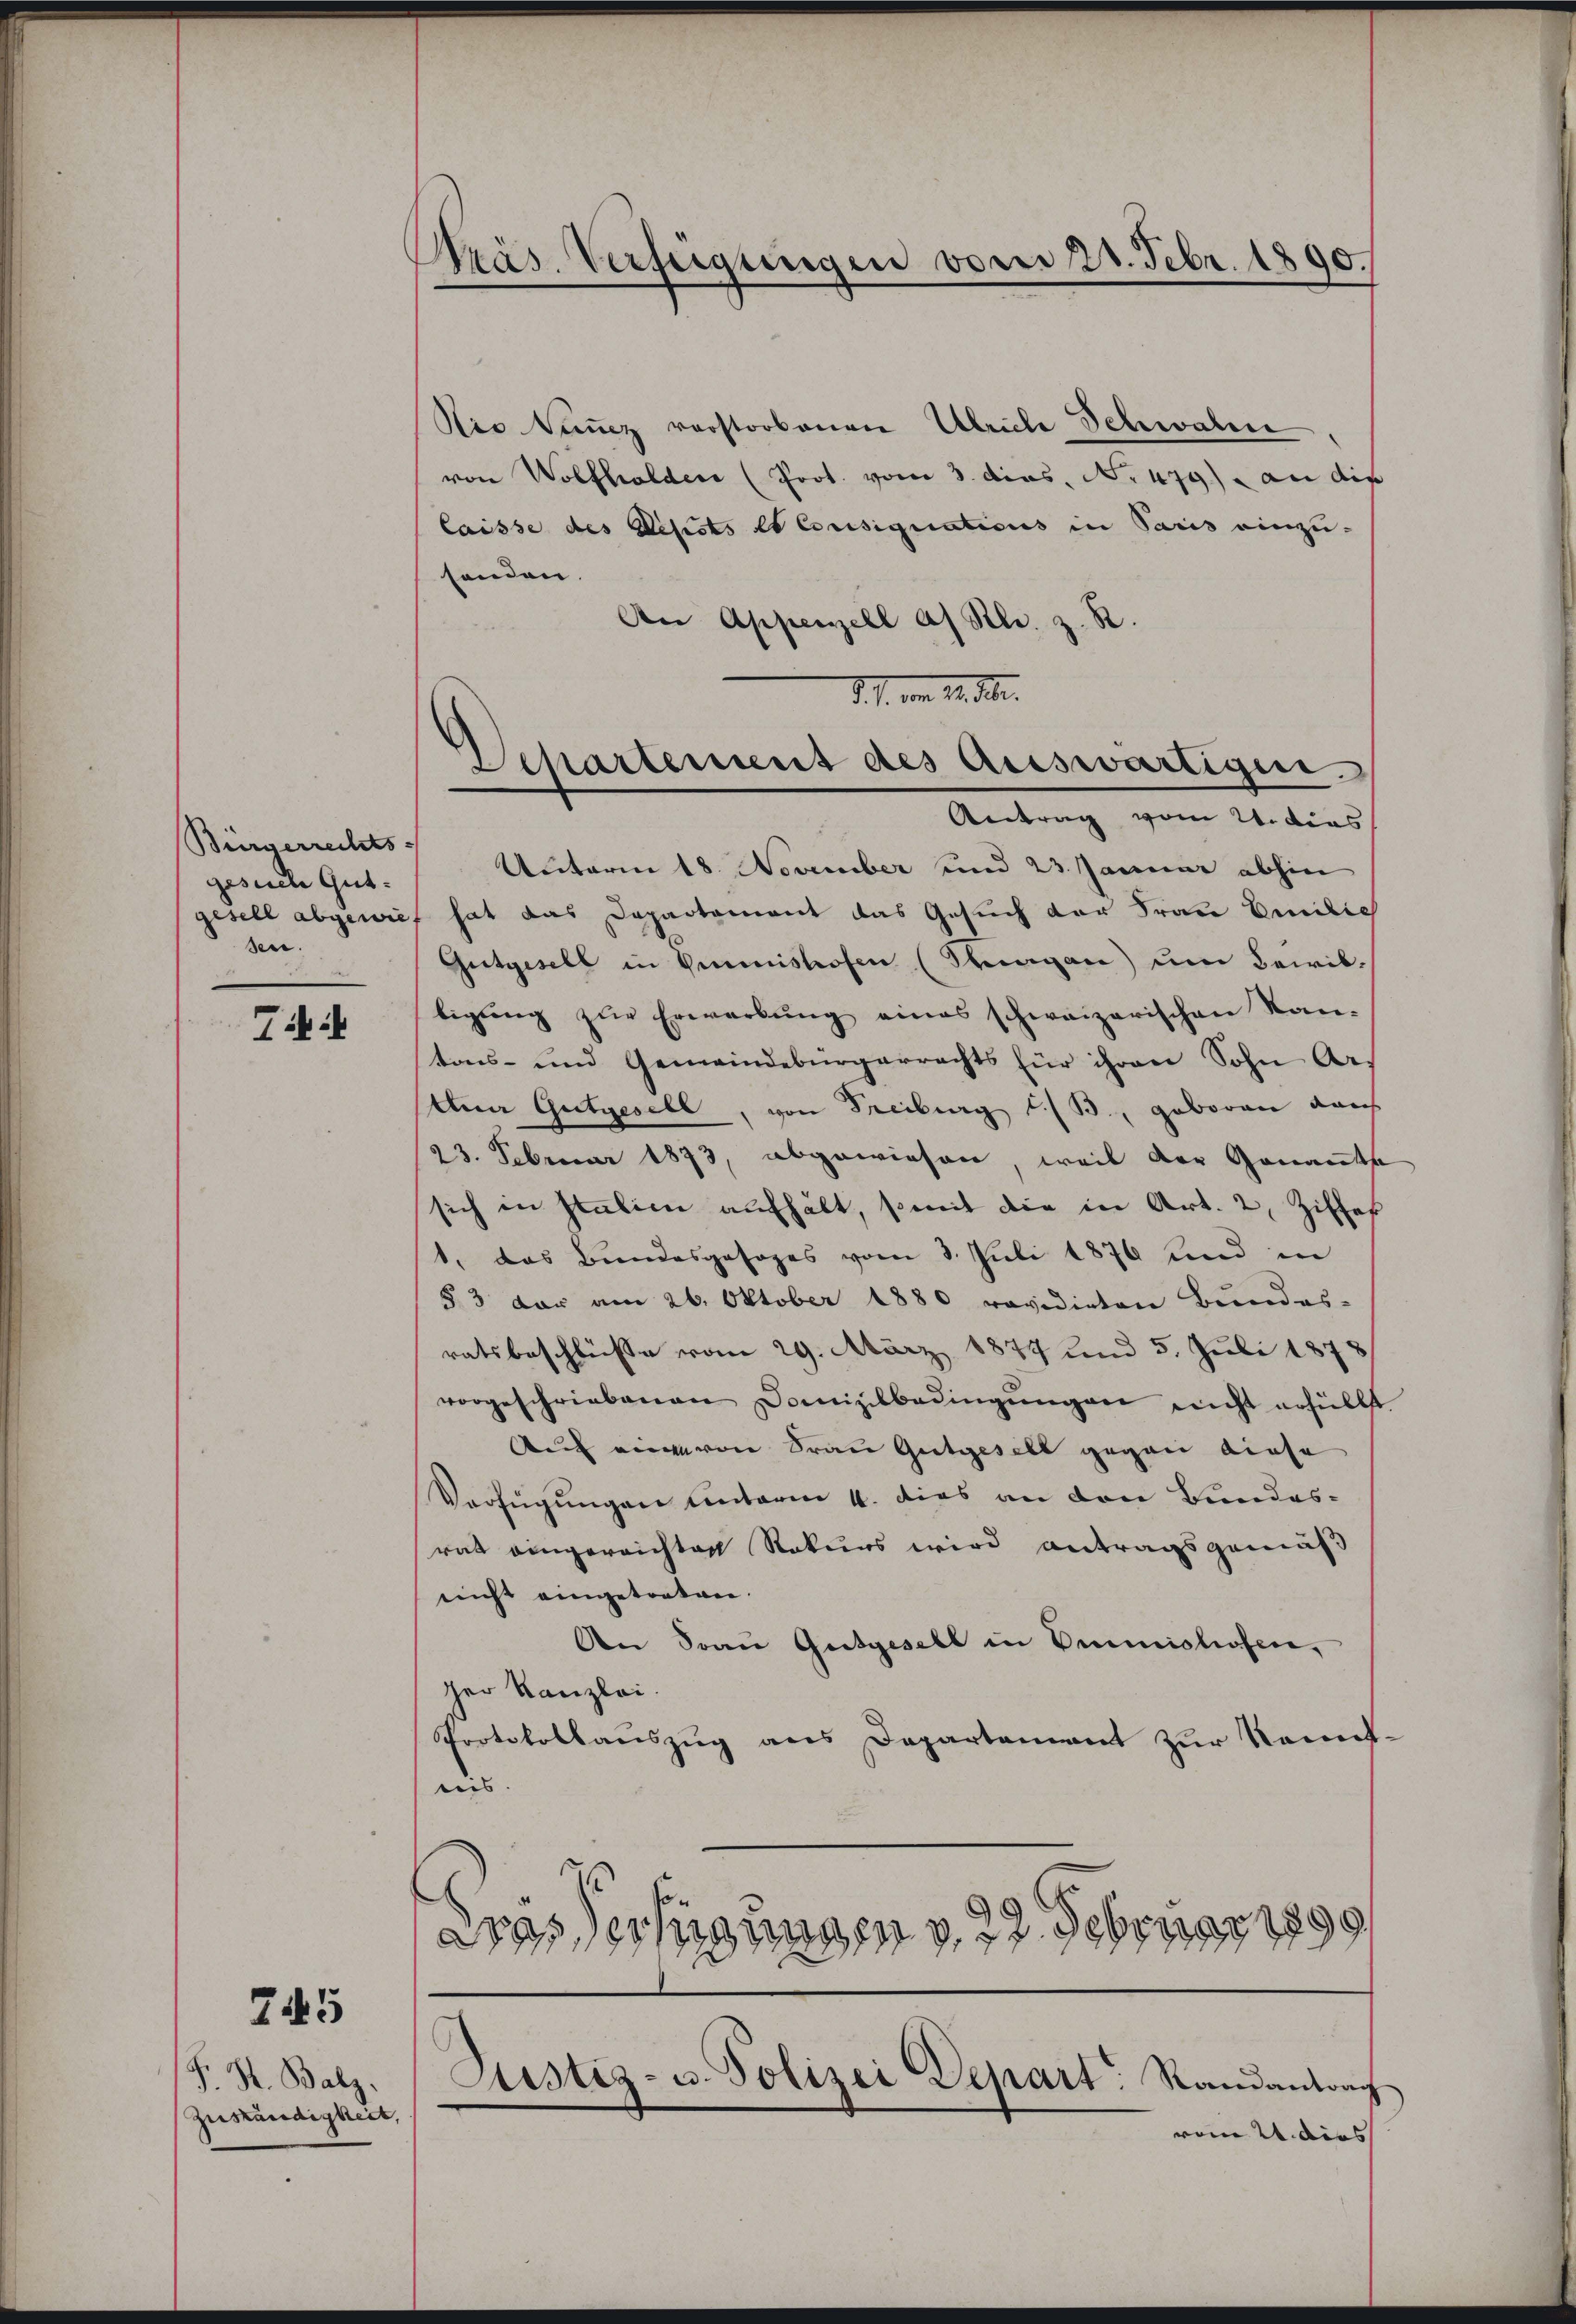
Bürgerrechts-
gesiche Gut.
sen.

7

745

P. H. Balz.
Zuständigkeit,

Präs. Verfügungen vom 21. Febr. 1890.

Die Tanz vorstorbenen Ulriche Schwahre
von Wolfhalden (Prot. vom 3. dies, No 479) an die
laisse des Resists et Consignations in Paris einzusenden.
An Appenzell a. Rl. z. R.
Unterm 18. November und 23. Januar abhin
gesell abgewies hat das Departement das Gesuch der Frau Emilich
Gutgesell in Einmishofen (Kragen) um Bewiltigŭng zŭr Erwarbŭng eines schweizerischen Kan-
tons- und Gemeindebürgerrechts für ihren Sohn Ars
tnn Gutgesell, von Freiburg i./B., geboren dans
23. Februar 1873, abgewiesen, weil der Genannte
sich in Italien aufhält, so mit die in Art. 2, Ziffer
1. das Bundesgesages vom 3. Juli 1876 und in
§ 3 der am 26. Oktober 1880 revidirten Bŭndes-
ratsbeschlüsse vom 29. März 1874 und 5. Juli 1873
vorgeschriebenen Domizilbedingŭngen nicht erfüllst
Auf eine von Frau Gutgesell gegen diese
Verfügungen unterm 4. dies an den Bundes-
rat eingereichten Rekurs wird antragsgemäß
nicht eingetreten.
An Frau Gutgesell in Dimishofen,
her Kanzlei.
Protokollauszug aus Departement zur Kenntnis.
Das Verfügungen v. 22. Februar 1899

d. J. vom 14. M.
Departement des Auswärtigen.
Antrag vom Witias

Justiz- u. Polizei Depart: Randantrach

vom 21. dies